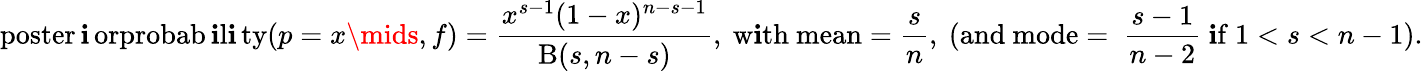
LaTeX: \operatorname{poster\mathbf{i}orprobab\mathbf{i}l\mathbf{i}ty}(p=x\mids,f)={\frac{{x^{s-1}(1-x)^{n-s-1}}}{{\mathrm{{B}}(s,n-s)}}},{\mathrm{{~w\mathbf{i}th~mean}}}={\frac{{s}}{{n}}},{\mathrm{{~(and~mode=~}}}{\frac{{s-1}}{{n-2}}}{\mathrm{{~\mathbf{i}f~}}}1<s<n-1).